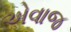
એવાજ